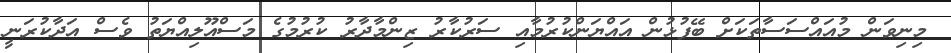
މިނިވަން މުއައްސަސާތަކަށް ބޭފުޅުން އައްޔަންކުރުމާއި ސަރުކާރު ޒިންމާދާރު ކުރުމުގެ މަސްއޫލިއްޔަތު ވެސް އަދާކުރަނީ